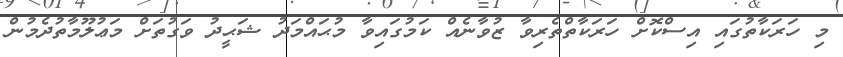
މި ހަރަކާތުގައި އިސްކޮށް ހަރަކާތްތެރިވާ ޒުވާނެއް ކަމުގައިވާ މުޙައްމަދު ޝަޙީދު ވަގުތަށް މަޢުލޫމާތުދެމުން